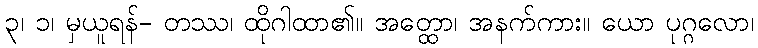
၃၊ ၁၊ မှယူရန်- တဿ၊ ထိုဂါထာ၏။ အတ္ထော၊ အနက်ကား။ ယော ပုဂ္ဂလော၊